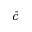
\bar { c }